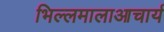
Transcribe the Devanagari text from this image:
भिल्लमालाआचार्य